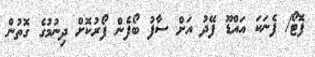
ފޮޓޯ/ ފެނަކަ އައްޑޫ ފޭދު އަށް ސާފު ބޯފެން ފޯރުކޮށް ދިނުމުގެ ގޮތުން